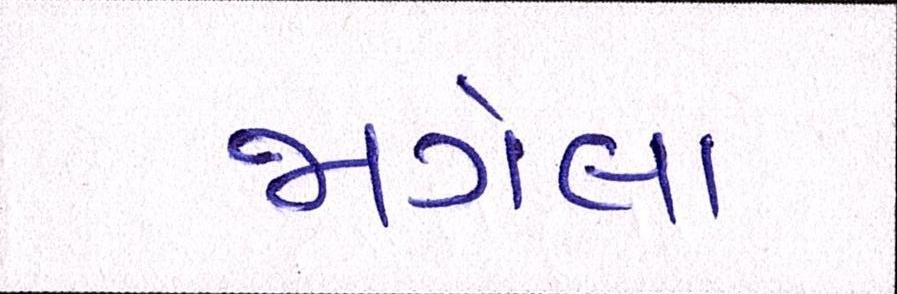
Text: જાગેલા